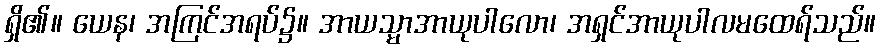
ရှိ၏။ ယေန၊ အကြင်အရပ်၌။ အာယသ္မာအာယုပါလော၊ အရှင်အာယုပါလမထေရ်သည်။